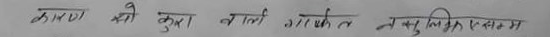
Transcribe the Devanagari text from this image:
कारण को कुरा बाली गारिके त जसु लिने एइगा